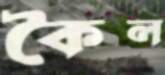
কৈল